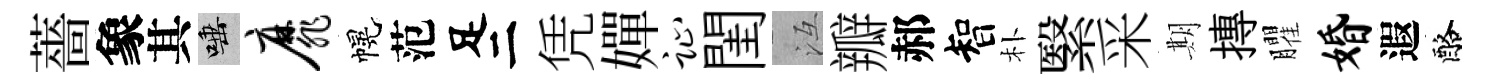
薔象其唾靡幌范足二凭嬋趾閨冱瓣郝智朴繄采期摶臞婚遐酪